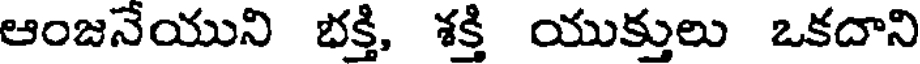
ఆంజనేయుని భక్తి, శక్తి యుక్తులు ఒకదాని